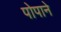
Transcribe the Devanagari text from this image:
पोपाने